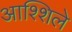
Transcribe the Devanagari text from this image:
आश्शिले